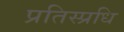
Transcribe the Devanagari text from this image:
प्रतिस्प्रधि